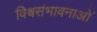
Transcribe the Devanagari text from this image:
विश्वसंभावनाओं